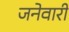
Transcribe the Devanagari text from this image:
जनेवारी